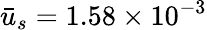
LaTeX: \bar{u}_{s}=1.58\times{10^{-3}}